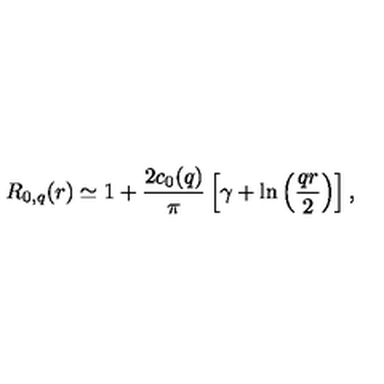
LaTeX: R _ { 0 , q } ( r ) \simeq 1 + { \frac { 2 c _ { 0 } ( q ) } { \pi } } \left[ \gamma + \ln \left( { \frac { q r } { 2 } } \right) \right] ,